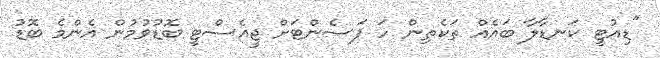
"ޑިއުޓީ ކަނޑާލާ ބައެއް ތަކެތިން ހަ ޕަސެންޓަށް ޖީއެސްޓީ ބޮޑުވުމުން އެންމެ ބޮޑު